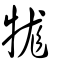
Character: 牻